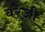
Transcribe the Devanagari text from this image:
बरेजी